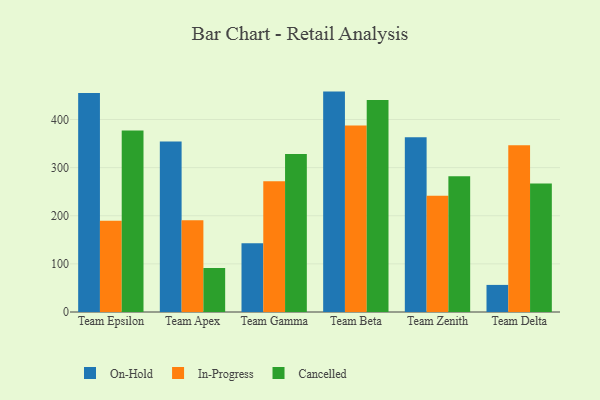
{"axis": {"x": "Team", "y": "Active Users"}, "legend": ["Cancelled", "In-Progress", "On-Hold"], "data": [{"x": "Team Epsilon", "y": 454.9, "type": "On-Hold"}, {"x": "Team Epsilon", "y": 189.5, "type": "In-Progress"}, {"x": "Team Epsilon", "y": 377.2, "type": "Cancelled"}, {"x": "Team Apex", "y": 354.1, "type": "On-Hold"}, {"x": "Team Apex", "y": 190.6, "type": "In-Progress"}, {"x": "Team Apex", "y": 91.4, "type": "Cancelled"}, {"x": "Team Gamma", "y": 143.0, "type": "On-Hold"}, {"x": "Team Gamma", "y": 271.6, "type": "In-Progress"}, {"x": "Team Gamma", "y": 328.3, "type": "Cancelled"}, {"x": "Team Beta", "y": 458.0, "type": "On-Hold"}, {"x": "Team Beta", "y": 387.4, "type": "In-Progress"}, {"x": "Team Beta", "y": 440.5, "type": "Cancelled"}, {"x": "Team Zenith", "y": 363.2, "type": "On-Hold"}, {"x": "Team Zenith", "y": 241.6, "type": "In-Progress"}, {"x": "Team Zenith", "y": 282.0, "type": "Cancelled"}, {"x": "Team Delta", "y": 56.3, "type": "On-Hold"}, {"x": "Team Delta", "y": 346.6, "type": "In-Progress"}, {"x": "Team Delta", "y": 267.2, "type": "Cancelled"}]}